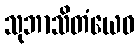
သုဘာသိတံယေဝ